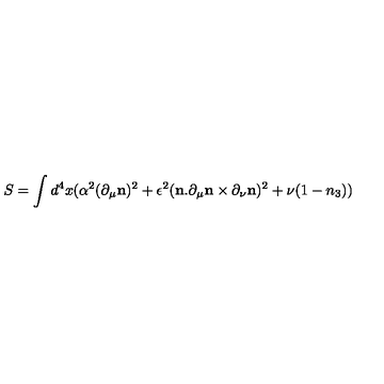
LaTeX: S = \int d ^ { 4 } x ( { \alpha ^ { 2 } } ( \partial _ { \mu } { \bf n } ) ^ { 2 } + \epsilon ^ { 2 } ( { \bf n } . \partial _ { \mu } { \bf n } \times \partial _ { \nu } { \bf n } ) ^ { 2 } + \nu ( 1 - n _ { 3 } ) )